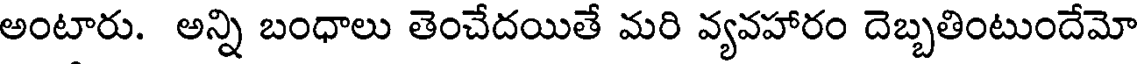
అంటారు. అన్ని బంధాలు తెంచేదయితే మరి వ్యవహారం దెబ్బతింటుందేమో